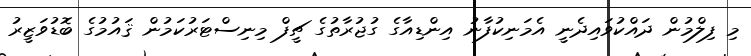
މި ފިލްމުން ދައްކުވައިދެނީ އެމަނިކުފާނު އިންޑިއާގެ ގުޖުރާތުގެ ޗީފް މިނިސްޓަރުކަމުން ޤައުމުގެ ބޮޑުވަޒީރު